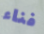
فناء